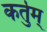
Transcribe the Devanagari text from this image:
कर्तुम्